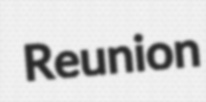
Reunion